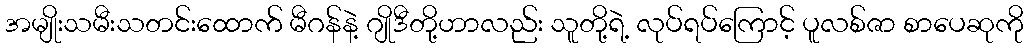
အမျိုးသမီးသတင်းထောက် မီဂန်နဲ့ ဂျိုဒီတို့ဟာလည်း သူတို့ရဲ့ လုပ်ရပ်ကြောင့် ပူလစ်ဇာ စာပေဆုကို